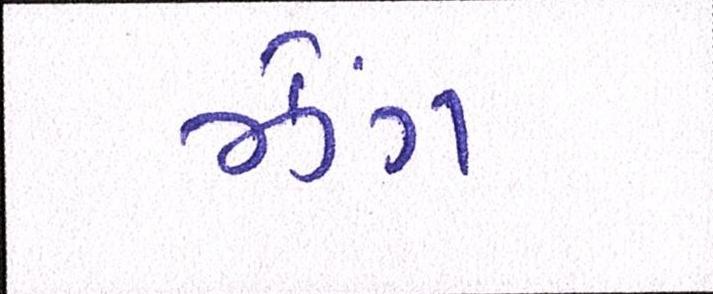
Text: ઝેંગ